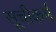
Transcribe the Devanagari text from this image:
सूचीकर्म